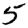
Digit: 5